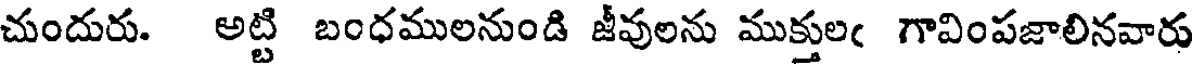
చుందురు. అట్టి బంధములనుండి జీవులను ముక్తులఁ గావింపజాలినవారు